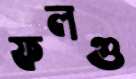
ফলগু